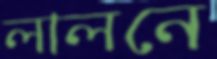
লালনে